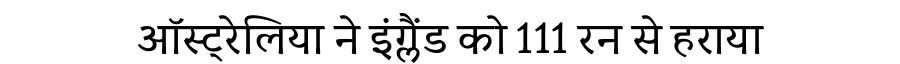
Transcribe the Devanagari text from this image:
ऑस्ट्रेलिया ने इंग्लैंड को 111 रन से हराया